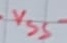
Text: VSS